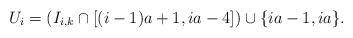
LaTeX: \begin{align*}U_i & = (I_{i,k} \cap [(i-1)a+1, ia - 4]) \cup \{ ia - 1, i a \}.\end{align*}